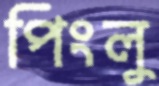
পিংলু